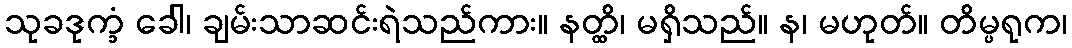
သုခဒုက္ခံ ခေါ၊ ချမ်းသာဆင်းရဲသည်ကား။ နတ္ထိ၊ မရှိသည်။ န၊ မဟုတ်။ တိမ္ပရုက၊